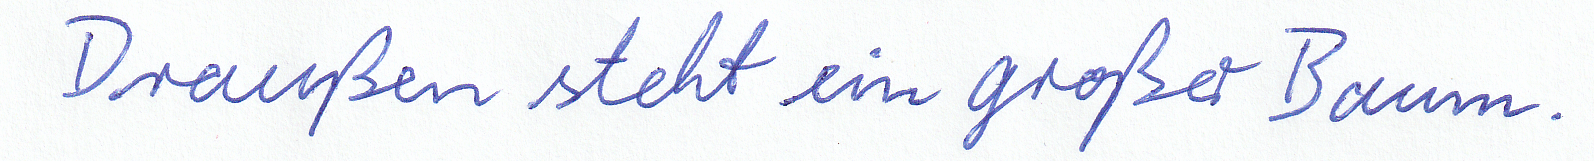
Draußen steht ein großer Baum.